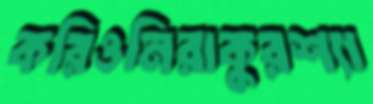
করিওনিরাকুরশ্যা